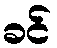
ခင်